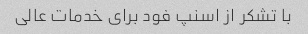
با تشکر از اسنپ فود برای خدمات عالی